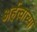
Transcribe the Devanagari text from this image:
अर्हत्वाच्या